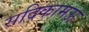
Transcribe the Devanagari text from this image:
सदिकामऊ